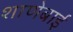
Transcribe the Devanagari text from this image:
शाणेबाई